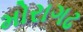
મોરાગઢ